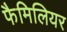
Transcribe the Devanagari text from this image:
फैमिलियर